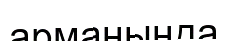
арманында